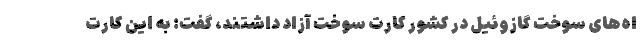
اه‌های سوخت گازوئیل در کشور کارت سوخت آزاد داشتند، گفت: به این کارت